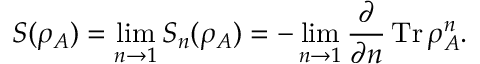
S ( \rho _ { A } ) = \operatorname* { l i m } _ { n \to 1 } S _ { n } ( \rho _ { A } ) = - \operatorname* { l i m } _ { n \to 1 } \frac { \partial } { \partial n } \operatorname { T r } \rho _ { A } ^ { n } .